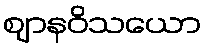
ဈာနဝိသယော